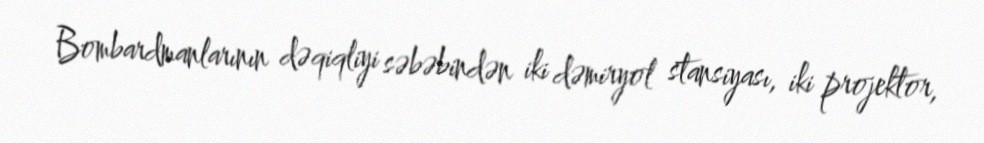
Bombardmanlarının dəqiqliyi səbəbindən iki dəmiryol stansiyası, iki projektor,